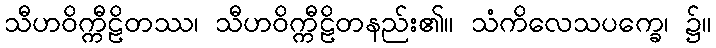
သီဟဝိက္ကီဠိတဿ၊ သီဟဝိက္ကီဠိတနည်း၏။ သံကိလေသပက္ခေ၊ ၌။